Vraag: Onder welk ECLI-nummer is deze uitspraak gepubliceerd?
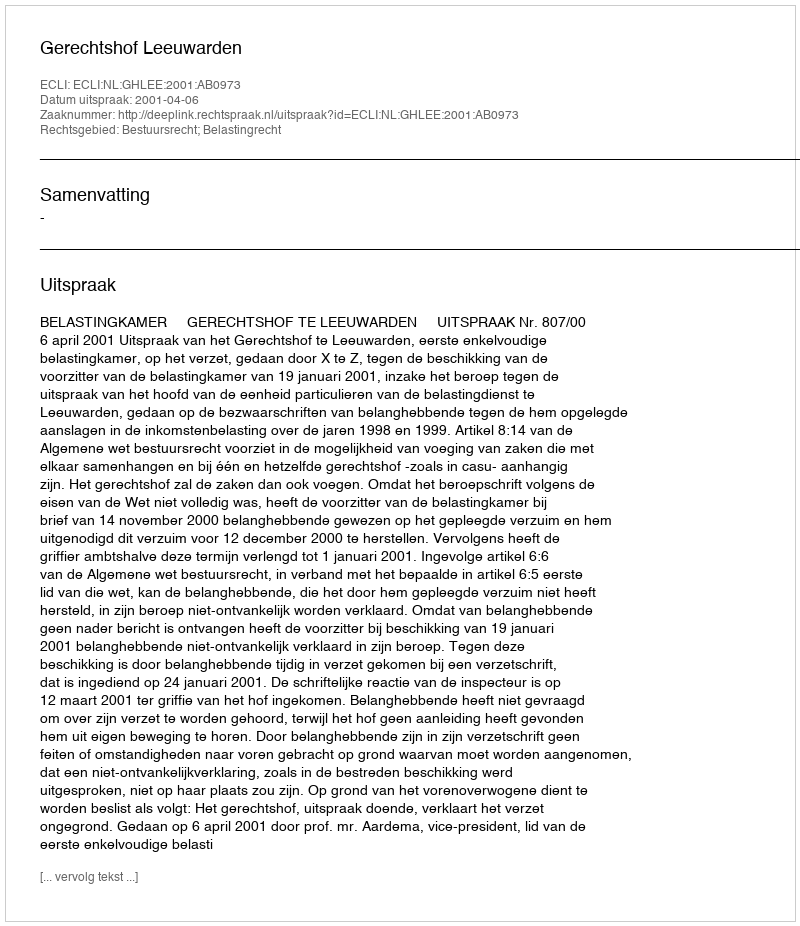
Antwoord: ECLI:NL:GHLEE:2001:AB0973